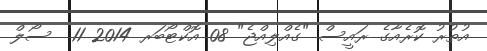
އުތުރު ކޮރެއާގެ ރައީސް "ގެއްލިއްޖެ" 08 އޮކްޓޯބަރ 2014 11  ސޯލް